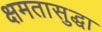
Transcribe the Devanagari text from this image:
क्षमतासुद्धा